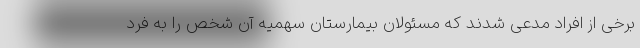
برخی از افراد مدعی شدند که مسئولان بیمارستان سهمیه آن شخص را به فرد